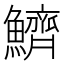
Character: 鱭